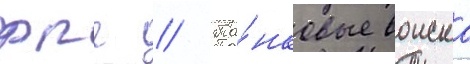
фрг // Та́нковые воиска